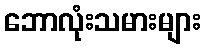
ဘောလုံးသမားများ